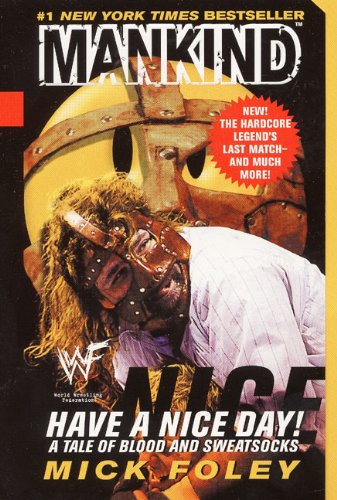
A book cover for Have A Nice Day: A Tale of Blood and Sweatsocks; Mick Foley; Biographies & Memoirs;